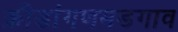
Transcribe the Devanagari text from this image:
क्रीडांगणमडगाव